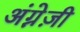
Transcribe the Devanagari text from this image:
अंग्रे़ज़ी